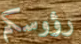
رؤوسكم